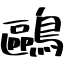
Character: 鷗